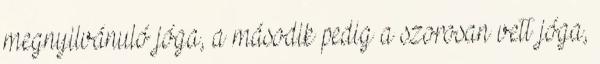
megnyilvánuló jóga, a második pedig a szorosan vett jóga,